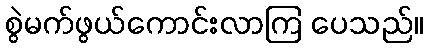
စွဲမက်ဖွယ်ကောင်းလာကြ ပေသည်။